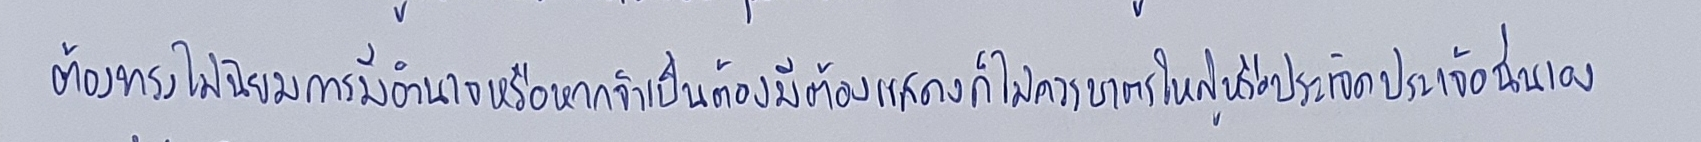
ต้องทรงไม่นิยมการมีอำนาจหรือหากจำเป็นต้องมีต้องแสดงก็ไม่ควรบาตรใหญ่หรือประเจิดประเจ้อนั่นเอง